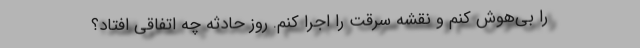
را بی‌هوش کنم و نقشه سرقت را اجرا کنم. روز حادثه چه اتفاقی افتاد؟